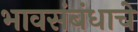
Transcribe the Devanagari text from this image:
भावसंबंधाचे